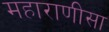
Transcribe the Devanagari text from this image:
महाराणीसा